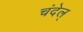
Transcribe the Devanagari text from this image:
चंदेल्